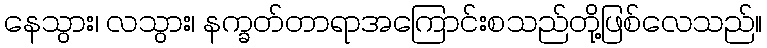
နေသွား၊ လသွား၊ နက္ခတ်တာရာအကြောင်းစသည်တို့ဖြစ်လေသည်။